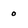
Character: 0